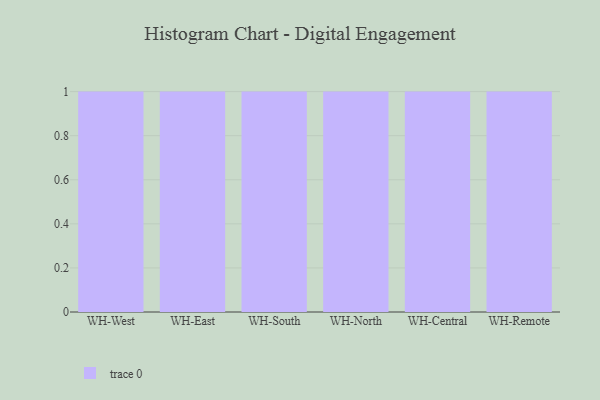
{"axis": {"x": "Warehouse", "y": "Shipments"}, "legend": [""], "data": [{"x": "WH-West", "y": 48, "type": ""}, {"x": "WH-East", "y": 74, "type": ""}, {"x": "WH-South", "y": 55, "type": ""}, {"x": "WH-North", "y": 79, "type": ""}, {"x": "WH-Central", "y": 59, "type": ""}, {"x": "WH-Remote", "y": 62, "type": ""}]}